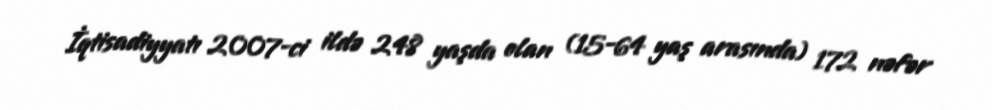
İqtisadiyyatı 2007-ci ildə 248 yaşda olan (15-64 yaş arasında) 172 nəfər